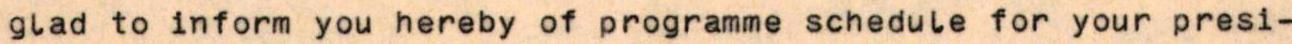
glad to inform you hereby of programme schedule for your presi-